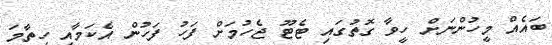
ބައެއް މީހުންނަށް ހީވާ ގޮތުގައި ޓެޓޫ ޖެހުމަށް ފަހު ފަހުން އެކަމާއި ހިތާމަ